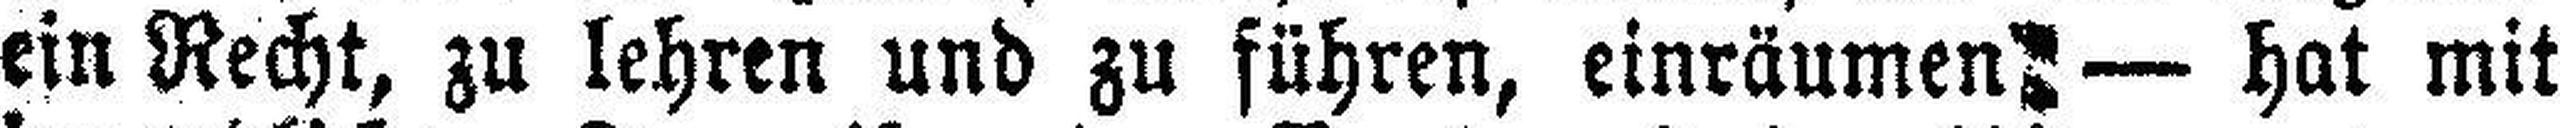
ein Recht, zu lehren und zu führen, einräumend — hat mit